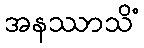
အနဿာသိံ